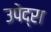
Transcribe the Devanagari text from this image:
उपेंद्रा